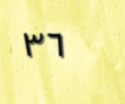
٣٦